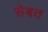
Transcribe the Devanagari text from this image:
सेबत